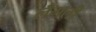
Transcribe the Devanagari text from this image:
लँगली